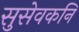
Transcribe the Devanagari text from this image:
सुसेवकनि